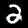
Digit: 2